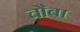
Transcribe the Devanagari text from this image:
चौबा